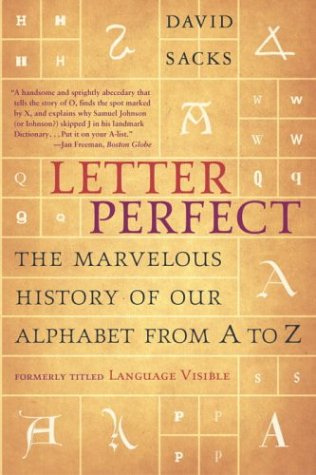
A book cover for Letter Perfect: The Marvelous History of Our Alphabet From A to Z; David Sacks; Reference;